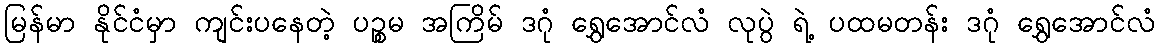
မြန်မာ နိုင်ငံမှာ ကျင်းပနေတဲ့ ပဉ္စမ အကြိမ် ဒဂုံ ရွှေအောင်လံ လုပွဲ ရဲ့ ပထမတန်း ဒဂုံ ရွှေအောင်လံ